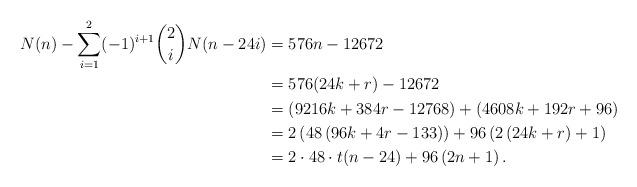
\begin{align*}N(n) - \sum_{i=1}^2 (-1)^{i+1} \binom{2}{i} N(n-24i) &= 576n-12672 \\ &= 576(24k+r)-12672 \\&= (9216k + 384r - 12768)+(4608k + 192r + 96) \\&= 2\left(48\left(96k+4r-133\right)\right) + 96\left(2 \left(24k+r\right)+1\right) \\&= 2\cdot 48\cdot t(n-24)+96\left(2n + 1\right). \end{align*}